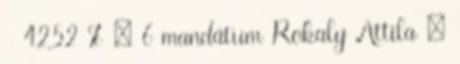
42,52 % – 6 mandátum Rokaly Attila –